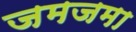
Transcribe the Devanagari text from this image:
जमजमा